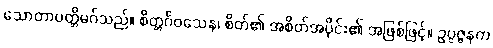
သောတာပတ္တိမဂ်သည်။ စိတ္တင်္ဂဝသေန၊ စိတ်၏ အစိတ်အပိုင်း၏ အဖြစ်ဖြင့်။ ဥပ္ပဇ္ဇနက